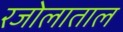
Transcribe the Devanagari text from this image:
रजोलाताल